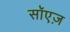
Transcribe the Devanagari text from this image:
सॉएज़